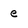
Character: e